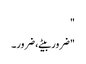
"
"ضرور بیٹے، ضرور۔